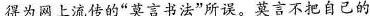
得为网上流传的”莫言书法”所误。莫言不把自己的